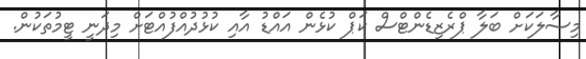
މިސާލަކަށް ބަލާ ޕްރެޒިޑެންޓްސް ކަޕް ކުޅެން އައްޑު އާއި ކުޅުދުއްފުއްޓަށް މިދަނީ ޓީމުތަކުން.